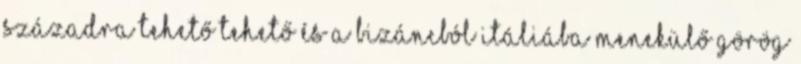
századra tehető tehető és a Bizáncból Itáliába menekülő görög